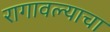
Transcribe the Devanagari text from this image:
रागावल्याचा